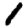
Digit: 1